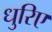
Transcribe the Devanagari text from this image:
धुरिए